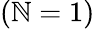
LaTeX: (\mathbb{N}=1)